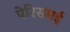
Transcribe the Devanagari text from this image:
पेरिसमई